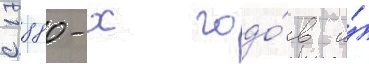
с 1880-х годо́в и́